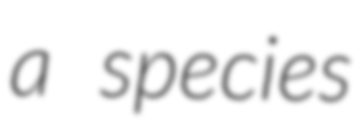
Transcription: a species